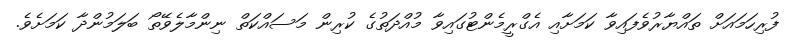
ފުރިހަމައަށް ތައްޔާރުވެފައިވާ ކަމަށާއި އެގްރީމެންޓުގައިވާ މުއްދަތުގެ ކުރިން މަސައްކަތް ނިންމާލެވޭތޯ ބަލަމުންދާ ކަމަށެވެ.